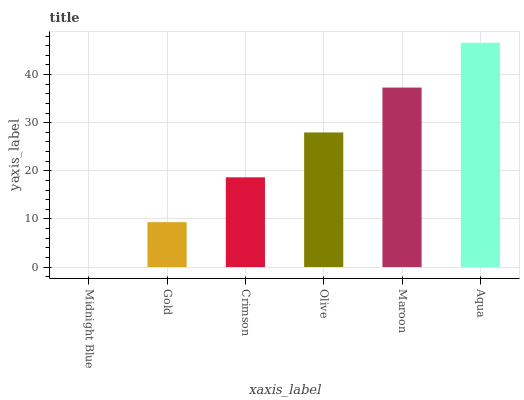
| xaxis_label | bars |
 | --- | --- |
 | Midnight Blue | 0 |
 | Gold | 9.32 |
 | Crimson | 18.6 |
 | Olive | 28 |
 | Maroon | 37.3 |
 | Aqua | 46.6 |